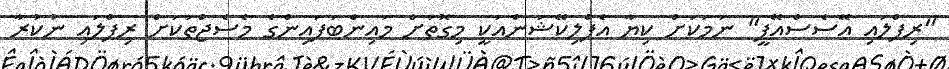
"ރިޕްލައި އޭސެސްއޭޕީ" ނަމަކަށް ކިޔާ އެޕްލިކޭޝަންއަކީ މިގޮތަށް މައިންބަފައިންގެ މެސެޖްތަކަށް ރިޕްލައި ނުކުރާ